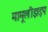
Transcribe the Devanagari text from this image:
मामूलीझड़प